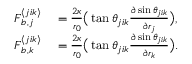
\begin{array} { r l } { \boldsymbol { F } _ { b , j } ^ { \langle j i k \rangle } } & { { } = \frac { 2 \kappa } { r _ { 0 } } \big ( \tan \theta _ { j i k } \frac { \partial \sin \theta _ { j i k } } { \partial \boldsymbol { r } _ { j } } \big ) , } \\ { \boldsymbol { F } _ { b , k } ^ { \langle j i k \rangle } } & { { } = \frac { 2 \kappa } { r _ { 0 } } \big ( \tan \theta _ { j i k } \frac { \partial \sin \theta _ { j i k } } { \partial \boldsymbol { r } _ { k } } \big ) . } \end{array}